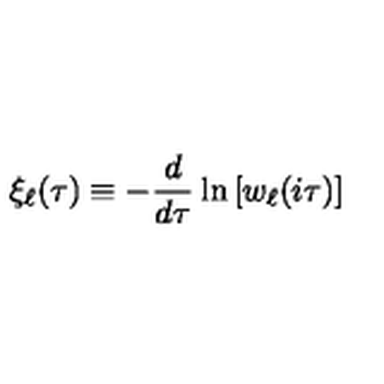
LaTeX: \xi _ { \ell } ( \tau ) \equiv - \frac { d } { d \tau } \ln \left[ w _ { \ell } ( i \tau ) \right]